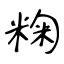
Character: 粷